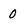
Character: O